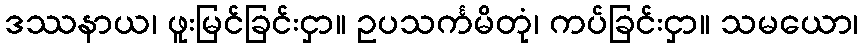
ဒဿနာယ၊ ဖူးမြင်ခြင်းငှာ။ ဥပသင်္ကမိတုံ၊ ကပ်ခြင်းငှာ။ သမယော၊